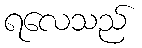
ရလေသည်